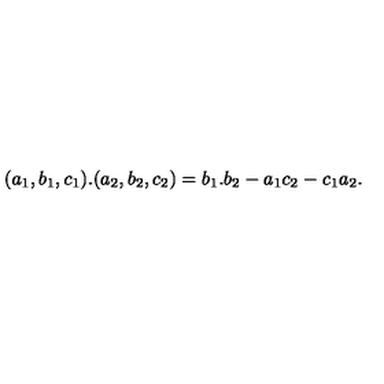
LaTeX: ( a _ { 1 } , b _ { 1 } , c _ { 1 } ) . ( a _ { 2 } , b _ { 2 } , c _ { 2 } ) = b _ { 1 } . b _ { 2 } - a _ { 1 } c _ { 2 } - c _ { 1 } a _ { 2 } .